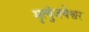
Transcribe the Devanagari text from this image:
मृत्युंजयेश्वर